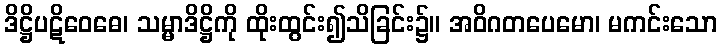
ဒိဋ္ဌိပဋိဝေဓေ၊ သမ္မာဒိဋ္ဌိကို ထိုးထွင်း၍သိခြင်း၌။ အဝိဂတပေမော၊ မကင်းသော